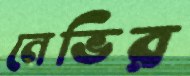
নেভির